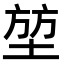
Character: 堃